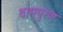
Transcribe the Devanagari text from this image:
थामपुरण